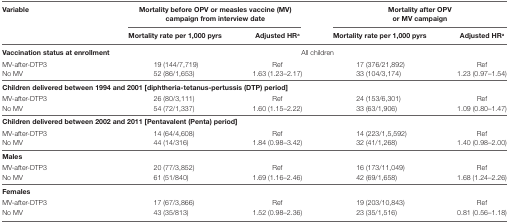
<table><thead><tr><td rowspan="2"><b>Variable</b></td><td colspan="2"><b>Mortality before OPV or measles vaccine (MV) campaign from interview date</b></td><td colspan="2"><b>Mortality after OPV or MV campaign</b></td></tr><tr><td><b>Mortality rate per 1,000 pyrs</b></td><td><b>Adjusted HR<sup>a</sup></b></td><td><b>Mortality rate per 1,000 pyrs</b></td><td><b>Adjusted HR<sup>a</sup></b></td></tr></thead><tbody><tr><td><b>Vaccination status at enrollment</b></td><td colspan="4">All children</td></tr><tr><td>MV-after-DTP3</td><td>19 (144/7,719)</td><td>Ref</td><td>17 (376/21,892)</td><td>Ref</td></tr><tr><td>No MV</td><td>52 (86/1,653)</td><td>1.63 (1.23–2.17)</td><td>33 (104/3,174)</td><td>1.23 (0.97–1.54)</td></tr><tr><td colspan="5"><b>Children delivered between 1994 and 2001 [diphtheria-tetanus-pertussis (DTP) period]</b></td></tr><tr><td>MV-after-DTP3</td><td>26 (80/3,111)</td><td>Ref</td><td>24 (153/6,301)</td><td>Ref</td></tr><tr><td>No MV</td><td>54 (72/1,337)</td><td>1.60 (1.15–2.22)</td><td>33 (63/1,906)</td><td>1.09 (0.80–1.47)</td></tr><tr><td colspan="5"><b>Children delivered between 2002 and 2011 [Pentavalent (Penta) period]</b></td></tr><tr><td>MV-after-DTP3</td><td>14 (64/4,608)</td><td>Ref</td><td>14 (223/1,5,592)</td><td>Ref</td></tr><tr><td>No MV</td><td>44 (14/316)</td><td>1.84 (0.98–3.42)</td><td>32 (41/1,268)</td><td>1.40 (0.98–2.00)</td></tr><tr><td colspan="5"><b>Males</b></td></tr><tr><td>MV-after-DTP3</td><td>20 (77/3,852)</td><td>Ref</td><td>16 (173/11,049)</td><td>Ref</td></tr><tr><td>No MV</td><td>61 (51/840)</td><td>1.69 (1.16–2.46)</td><td>42 (69/1,658)</td><td>1.68 (1.24–2.26)</td></tr><tr><td colspan="5"><b>Females</b></td></tr><tr><td>MV-after-DTP3</td><td>17 (67/3,866)</td><td>Ref</td><td>19 (203/10,843)</td><td>Ref</td></tr><tr><td>No MV</td><td>43 (35/813)</td><td>1.52 (0.98–2.36)</td><td>23 (35/1,516)</td><td>0.81 (0.56–1.18)</td></tr></tbody></table>